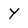
Character: Y